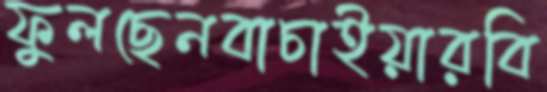
ফুলছেনবাচাইয়ারবি